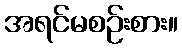
အရင်မစဉ်းစား။